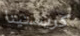
كريستينا